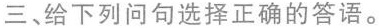
三、给下列问句选择正确的答语.